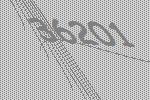
36201